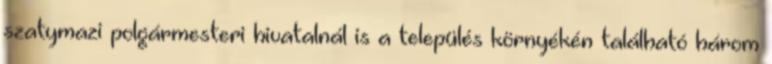
szatymazi polgármesteri hivatalnál is a település környékén található három